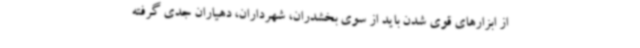
از ابزارهای قوی شدن باید از سوی بخشدران، شهرداران، دهیاران جدی گرفته